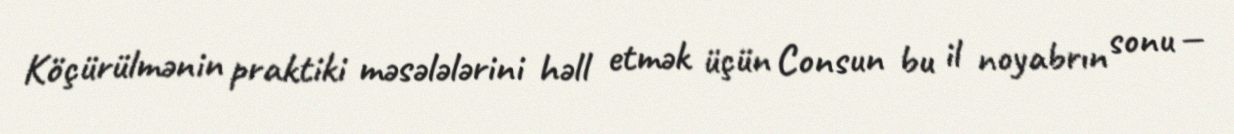
Köçürülmənin praktiki məsələlərini həll etmək üçün Consun bu il noyabrın sonu —